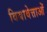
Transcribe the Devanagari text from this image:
विद्यावेत्ताओं